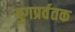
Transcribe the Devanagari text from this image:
युगप्रर्वतक